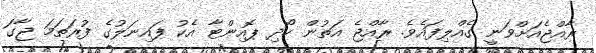
ރާއްޖެއަށްވަނީ ގެއްލިފައެވެ. ރާއްޖެ އަތުން ހޯދި ޕޮއިންޓާ އެކު ފައިނަލުގެ ފުރަތަމަ ޖާގަ